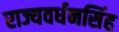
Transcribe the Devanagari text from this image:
राज्यवर्धनसिंह